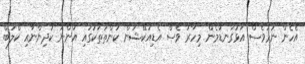
އެހެން ނަމަވެސް އަޅުގަނޑުމެން މިހާރު ވެސް އެޑިއުކޭޝަން ކަންތަތަކުގައި އަންނަ ކުދިންނާއި ކްލަބް